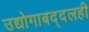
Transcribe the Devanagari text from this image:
उद्योगाबद्दलही